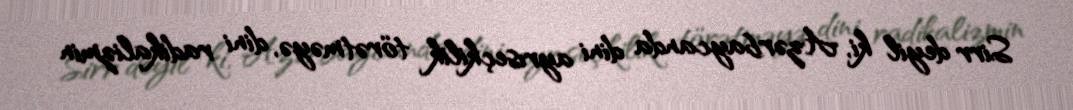
Sirr deyil ki, Azərbaycanda dini ayrıseçkilik törətməyə, dini radikalizmin